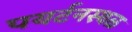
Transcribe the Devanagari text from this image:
पयर्टनस्थळ